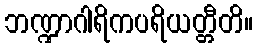
ဘဏ္ဍာဂါရိကပရိယတ္တီတိ။